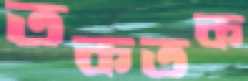
তকতক